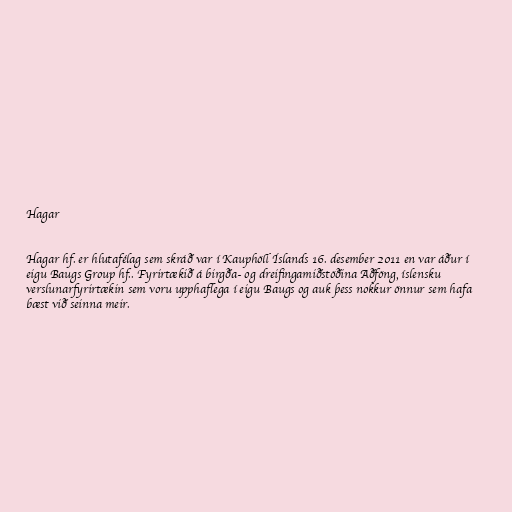
Hagar

Hagar hf. er hlutafélag sem skráð var í Kauphöll Íslands 16. desember 2011 en var áður í
eigu Baugs Group hf.. Fyrirtækið á birgða- og dreifingamiðstöðina Aðföng, íslensku
verslunarfyrirtækin sem voru upphaflega í eigu Baugs og auk þess nokkur önnur sem hafa
bæst við seinna meir.